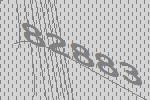
82883